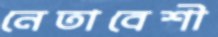
নেতাবেশী